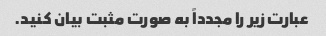
عبارت زیر را مجدداً به صورت مثبت بیان کنید.